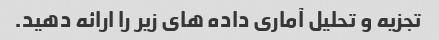
تجزیه و تحلیل آماری داده های زیر را ارائه دهید.